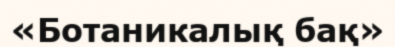
«Ботаникалық бақ»